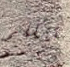
تتكلم